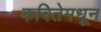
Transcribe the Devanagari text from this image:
कवितेमधून